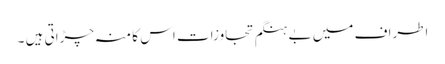
اطراف میں بے ہنگم تجاوزات اس کا منہ چڑاتی ہیں ۔